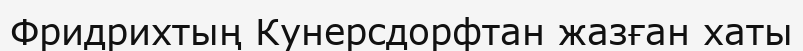
Фридрихтың Кунерсдорфтан жазған хаты